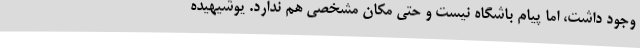
وجود داشت، اما پیام باشگاه نیست و حتی مکان مشخصی هم ندارد. یوشیهیده